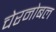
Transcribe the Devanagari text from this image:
चेरनोबल